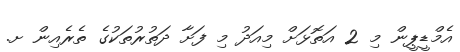
އެމްޑީޕީން މި 2 އަތޮޅަށް މިއަދު މި ފަށާ ދަތުރުތަކުގެ ތެރެއިން ށ.